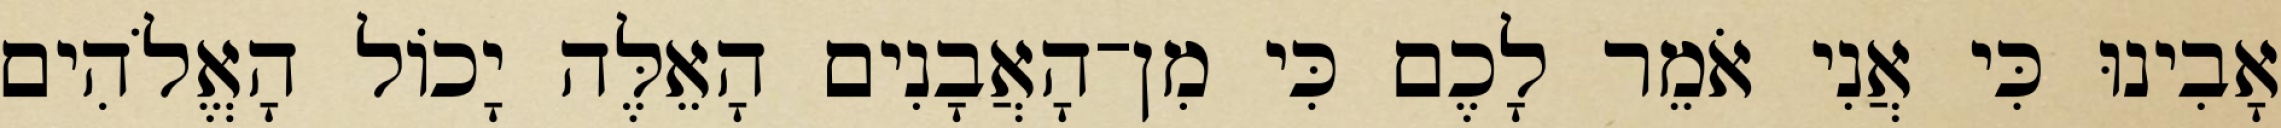
אָבִינוּ כִּי אֲנִי אֹמֵר לָכֶם כִּי מִן־הָאֲבָנִים הָאֵלֶּה יָכוֹל הָאֱלֹהִים